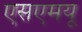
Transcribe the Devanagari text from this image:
एसएमयू